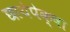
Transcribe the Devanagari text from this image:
छायेपेक्षा